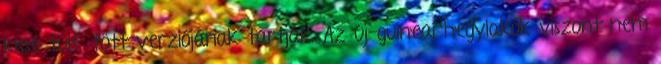
kissé túlfűtött verziójának tartják. Az új-guineai hegylakók viszont nem